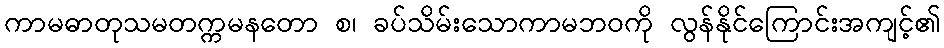
ကာမဓာတုသမတက္ကမနတော စ၊ ခပ်သိမ်းသောကာမဘဝကို လွန်နိုင်ကြောင်းအကျင့်၏